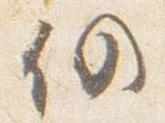
仍